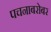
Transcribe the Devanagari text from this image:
पचनाबरोबर